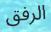
الرفق